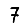
Digit: 7